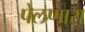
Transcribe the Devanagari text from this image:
पेलणारा